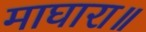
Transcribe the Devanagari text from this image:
माघारा॥